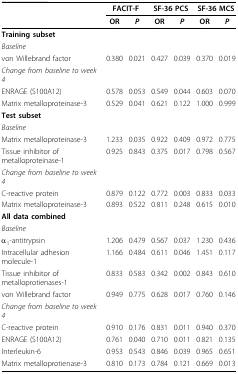
<table><thead><tr><td></td><td colspan="2"><b>FACIT-F</b></td><td colspan="2"><b>SF-36 PCS</b></td><td colspan="2"><b>SF-36 MCS</b></td></tr><tr><td></td><td><b>OR</b></td><td><b><i>P</i></b></td><td><b>OR</b></td><td><b><i>P</i></b></td><td><b>OR</b></td><td><b><i>P</i></b></td></tr></thead><tbody><tr><td><b>Training subset</b></td><td></td><td></td><td></td><td></td><td></td><td></td></tr><tr><td><i>Baseline</i></td><td></td><td></td><td></td><td></td><td></td><td></td></tr><tr><td>von Willebrand factor</td><td>0.380</td><td>0.021</td><td>0.427</td><td>0.039</td><td>0.370</td><td>0.019</td></tr><tr><td><i>Change from baseline to week 4</i></td><td></td><td></td><td></td><td></td><td></td><td></td></tr><tr><td>ENRAGE (S100A12)</td><td>0.578</td><td>0.053</td><td>0.549</td><td>0.044</td><td>0.603</td><td>0.070</td></tr><tr><td>Matrix metalloproteinase-3</td><td>0.529</td><td>0.041</td><td>0.621</td><td>0.122</td><td>1.000</td><td>0.999</td></tr><tr><td><b>Test subset</b></td><td></td><td></td><td></td><td></td><td></td><td></td></tr><tr><td><i>Baseline</i></td><td></td><td></td><td></td><td></td><td></td><td></td></tr><tr><td>Matrix metalloproteinase-3</td><td>1.233</td><td>0.035</td><td>0.922</td><td>0.409</td><td>0.972</td><td>0.775</td></tr><tr><td>Tissue inhibitor of metalloproteinase-1</td><td>0.925</td><td>0.843</td><td>0.375</td><td>0.017</td><td>0.798</td><td>0.567</td></tr><tr><td><i>Change from baseline to week 4</i></td><td></td><td></td><td></td><td></td><td></td><td></td></tr><tr><td>C-reactive protein</td><td>0.879</td><td>0.122</td><td>0.772</td><td>0.003</td><td>0.833</td><td>0.033</td></tr><tr><td>Matrix metalloproteinase-3</td><td>0.893</td><td>0.522</td><td>0.811</td><td>0.248</td><td>0.615</td><td>0.010</td></tr><tr><td><b>All data combined</b></td><td></td><td></td><td></td><td></td><td></td><td></td></tr><tr><td><i>Baseline</i></td><td></td><td></td><td></td><td></td><td></td><td></td></tr><tr><td>α<sub>1</sub>-antitrypsin</td><td>1.206</td><td>0.479</td><td>0.567</td><td>0.037</td><td>1.230</td><td>0.436</td></tr><tr><td>Intracellular adhesion molecule-1</td><td>1.166</td><td>0.484</td><td>0.611</td><td>0.046</td><td>1.451</td><td>0.117</td></tr><tr><td>Tissue inhibitor of metalloprotienases-1</td><td>0.833</td><td>0.583</td><td>0.342</td><td>0.002</td><td>0.843</td><td>0.610</td></tr><tr><td>von Willebrand factor</td><td>0.949</td><td>0.775</td><td>0.628</td><td>0.017</td><td>0.760</td><td>0.146</td></tr><tr><td><i>Change from baseline to week 4</i></td><td></td><td></td><td></td><td></td><td></td><td></td></tr><tr><td>C-reactive protein</td><td>0.910</td><td>0.176</td><td>0.831</td><td>0.011</td><td>0.940</td><td>0.370</td></tr><tr><td>ENRAGE (S100A12)</td><td>0.761</td><td>0.040</td><td>0.710</td><td>0.011</td><td>0.821</td><td>0.135</td></tr><tr><td>Interleukin-6</td><td>0.953</td><td>0.543</td><td>0.846</td><td>0.039</td><td>0.965</td><td>0.651</td></tr><tr><td>Matrix metalloprotienase-3</td><td>0.810</td><td>0.173</td><td>0.784</td><td>0.121</td><td>0.669</td><td>0.013</td></tr></tbody></table>